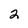
Character: 2